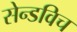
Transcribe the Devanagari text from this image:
सेन्डविच